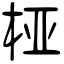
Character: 桠